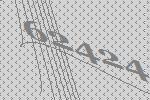
62424